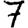
Digit: 7